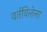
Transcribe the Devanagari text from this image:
वर्तविलेला